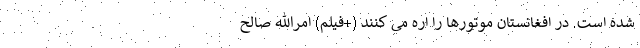
شده است. در افغانستان موتورها را اره می کنند (+فیلم) امرالله صالح